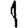
Digit: 1